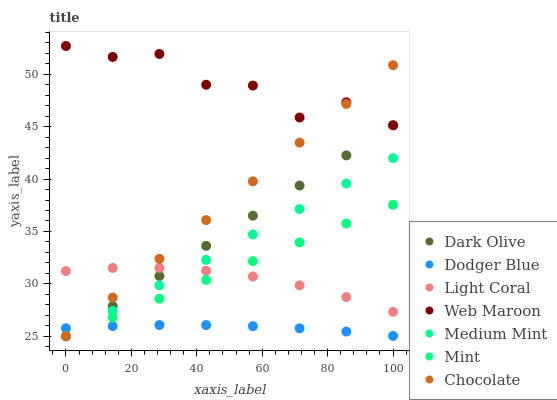
| xaxis_label | Dark Olive | Dodger Blue | Light Coral | Web Maroon | Medium Mint | Mint | Chocolate |
 | --- | --- | --- | --- | --- | --- | --- | --- |
 | 0 | 25 | 25.8 | 31.2 | 52.7 | 25 | 25 | 25 |
 | 14.3 | 27.9 | 26 | 31.5 | 51.7 | 27.4 | 26.8 | 28.7 |
 | 28.6 | 30.8 | 26.1 | 31.5 | 51.9 | 29.9 | 28.6 | 32.4 |
 | 42.9 | 33.6 | 26.1 | 31.3 | 49 | 32.3 | 30.4 | 36.1 |
 | 57.1 | 36.5 | 26 | 30.7 | 48.9 | 34.7 | 32.2 | 39.8 |
 | 71.4 | 39.4 | 25.8 | 29.9 | 45.9 | 37.1 | 34 | 43.5 |
 | 85.7 | 42.3 | 25.4 | 28.7 | 47.3 | 39.6 | 35.7 | 47.2 |
 | 100 | 45.1 | 25 | 27.3 | 45.1 | 42 | 37.5 | 50.9 |